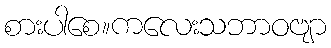
စားပါစေ။ကလေးသဘာဝဗျာ